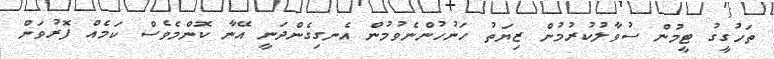
ތަހުގީގު ޓީމުން ސުވާލުކުރުމުން ޒިޔަތު ހަނުހުންނެވުމުން އެނގިގެންދަނީ އޭނާ ކޮންމެވެސް ކަމެއް ފޮރުވަން